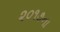
૨૦૧૭ના